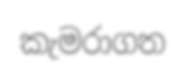
කැමරාගත